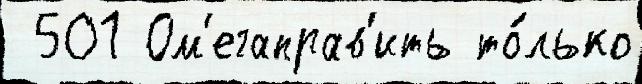
 501 Ом'егаправ'ить то́лько